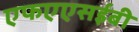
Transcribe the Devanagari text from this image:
एफएएसईबी